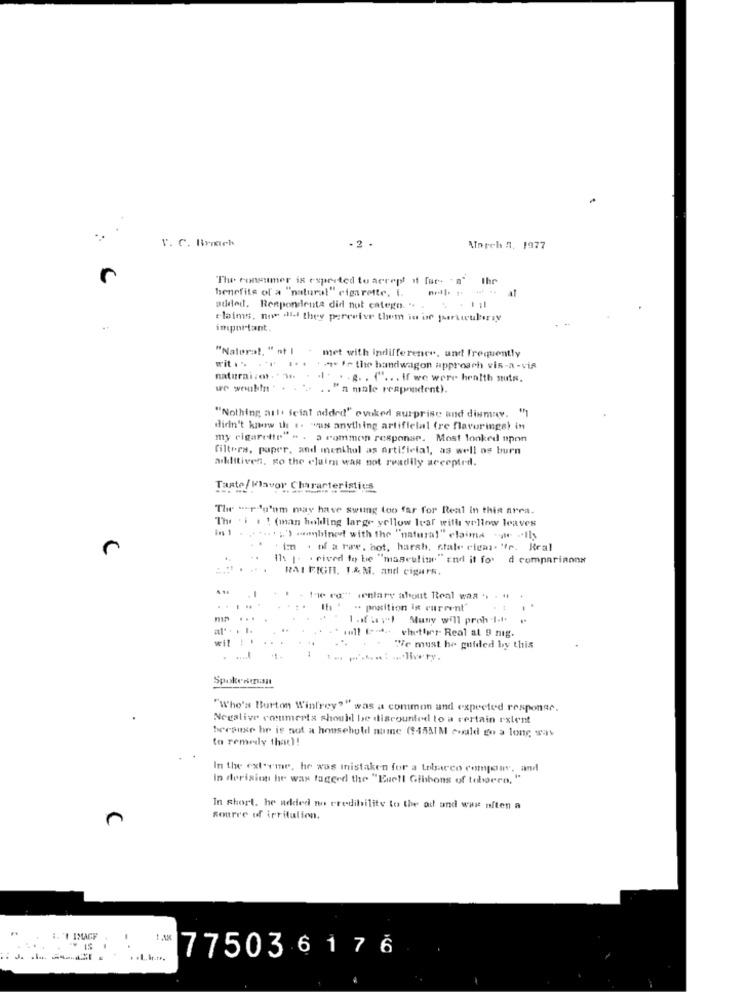
V. C. Broch
-2 .
March 7, 1977
The consumer is expected to accept if far. " n"
Ihr
benefits of a "natural" cigarette, i.
at
added. Respondenta did not catego. ..
claims, now dil they perceber them in of particularly
important.
"Natural, "at I . met with indifference, and frequently
wit . ..
. ... 1 the bandwagon approach vis-a-vis
naturaizo. " Se. . .. . . g. . ( .. . If we were health nuts.
.. .. "n male respondent).
"Nothing artt iciat added" evoked surprise and dismay. "1
didn't know th .. "uss anything artificial (re flavorings) in
my cigarette" " . a common response. Most looked upon
filters, paper, and menthol as artificial, as well os burn
arkiitiven, go the claim was not readily accepted.
Taste/ Flavor Characteristics
The "-rdu'nm may have swung too far for Real in this area.
The. i . ! (man holding large yellow leaf will vellow leaves
'')aanbined with the "natural" claims - -- Il3
Im . of a raw. hot, harsh, state cidas- "fr. Real
Ils [. . cived to be "masculine" and it for d comparianna
RAI FIGH. I.& M. and cigars.
. I
+ the ro"" inlary about Real waa .. . "
. ....
Ih +
" position is current'
.. .
..
1 .If a vel Muny will proh I.t.
al' .. ..
whether Real at 9 nig.
. .
.. .
We must be guided by this
Spokesman
"Who's Burton Winfrey?" was a common and expected responsr.
Negative comments should be discounted to a certain extent
because he is not a household nume ($45ATM could go a long way
to remedy that)!
In the extreme, he was mistaken for a tobacco compour, and
In derision he was tagged the "Exell Gibbons of tobaren, "
In short, he added no credibility to the ad and was often a
Source of irritalion.
1. '1 IMAGE
-
1.AM
. ...
775036176